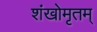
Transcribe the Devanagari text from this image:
शंखोमृतम्